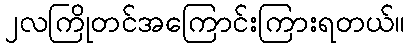
၂လကြိုတင်အကြောင်းကြားရတယ်။